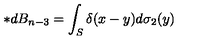
\ast d B _ { n - 3 } = \int _ { S } \delta ( x - y ) d \sigma _ { 2 } ( y )